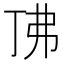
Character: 𫸨